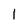
Character: l